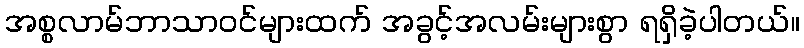
အစ္စလာမ်ဘာသာဝင်များထက် အခွင့်အလမ်းများစွာ ရရှိခဲ့ပါတယ်။